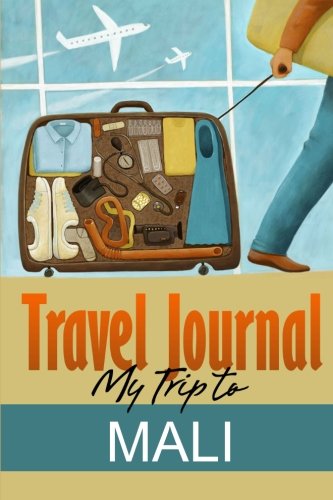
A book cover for Travel Journal: My Trip to Mali; Travel Diary; Travel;